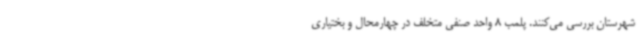
شهرستان بررسی می‌کنند. پلمب 8 واحد صنفی متخلف در چهارمحال و بختیاری